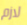
لازم